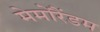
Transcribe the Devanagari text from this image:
मेमोरैंडम